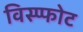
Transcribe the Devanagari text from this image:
विस्प्फोट